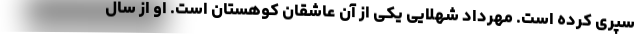
سپری کرده است. مهرداد شهلایی یکی از آن عاشقان کوهستان است. او از سال